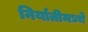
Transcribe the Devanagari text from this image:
निर्यातीमध्ये